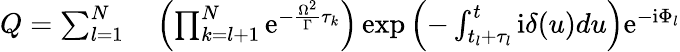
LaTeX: \begin{array}{rl}{Q=\sum_{l=1}^{N}}&{{}\left(\prod_{k=l+1}^{N}\mathrm{e}^{-\frac{\Omega^{2}}{\Gamma}\tau_{k}}\right)\exp\left(-\int_{t_{l}+\tau_{l}}^{t}\mathrm{i}\delta(u)du\right)\mathrm{e}^{-\mathrm{i}\Phi_{l}}}\end{array}